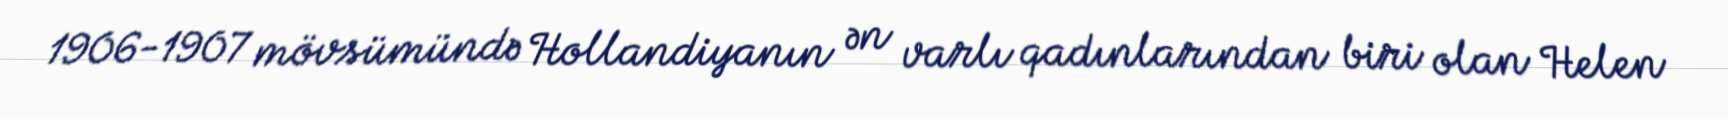
1906-1907 mövsümündə Hollandiyanın ən varlı qadınlarından biri olan Helen